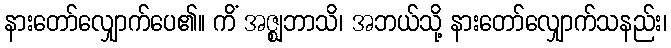
နားတော်လျှောက်ပေ၏။ ကိံ အဇ္ဈဘာသိ၊ အဘယ်သို့ နားတော်လျှောက်သနည်း၊